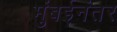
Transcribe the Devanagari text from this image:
मुंबईनंतर